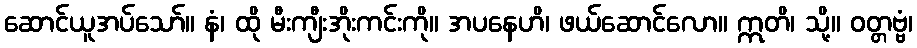
ဆောင်ယူအပ်သော်။ နံ၊ ထို မီးကျီးအိုးကင်းကို။ အပနေဟိ၊ ဖယ်ဆောင်လော။ ဣတိ၊ သို့။ ဝတ္တဗ္ဗံ၊